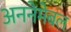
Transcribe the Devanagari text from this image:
अननेमेबल